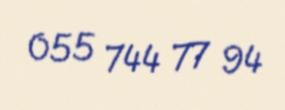
055 744 77 94